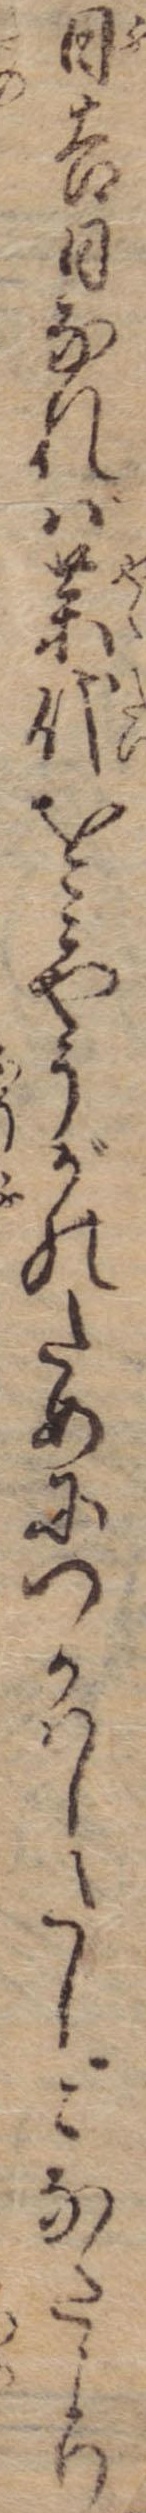
日吉日なれば薬代をみやうがのためにつかはしたしこなたより